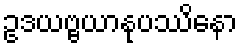
ဥဒယဗ္ဗယာနုပဿိနော